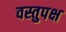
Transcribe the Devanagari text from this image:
वस्तुपक्ष